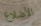
الأضلاع